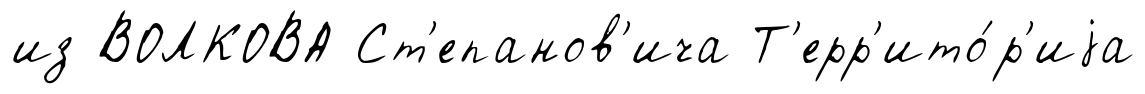
из ВОЛКОВА Ст'епанов'ича Т'ерр'ито́р'иjа